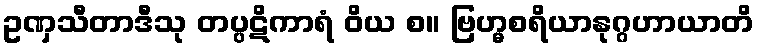
ဥဏှသီတာဒီသု တပ္ပဋိကာရံ ဝိယ စ။ ဗြဟ္မစရိယာနုဂ္ဂဟာယာတိ